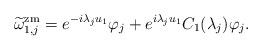
LaTeX: \begin{align*}\widetilde{\omega}_{1,j}^\mathrm{zm} =e^{-i\lambda_ju_1} \varphi_j +e^{ i\lambda_ju_1} C_1(\lambda_j)\varphi_j.\end{align*}